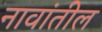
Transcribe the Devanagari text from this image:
नावांतील